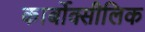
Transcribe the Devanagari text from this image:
कार्बोक्सीलिक